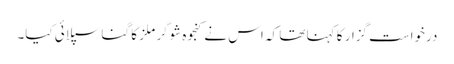
درخواست گزار کا کہنا تھا کہ اس نے کنجوہ شوگر ملز کا گنا سپلائی کیا۔